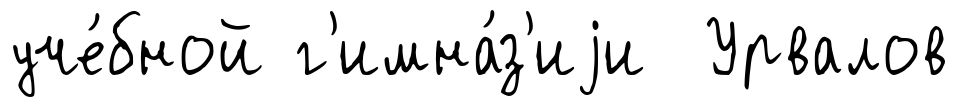
уче́бной г'имна́з'иjи Урвалов